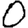
Digit: 0